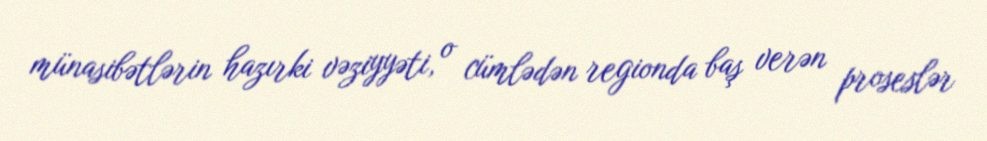
münasibətlərin hazırki vəziyyəti, o cümlədən regionda baş verən proseslər